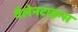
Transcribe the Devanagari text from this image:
वैलेनटाइन्स